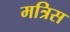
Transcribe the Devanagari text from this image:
मत्रिस